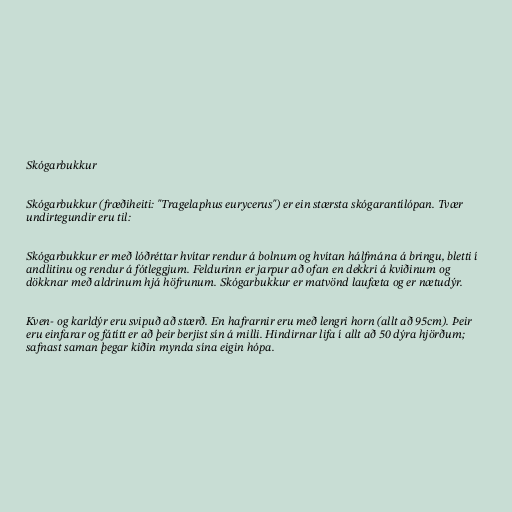
Skógarbukkur

Skógarbukkur (fræðiheiti: "Tragelaphus eurycerus") er ein stærsta skógarantílópan. Tvær
undirtegundir eru til:

Skógarbukkur er með lóðréttar hvítar rendur á bolnum og hvítan hálfmána á bringu, bletti í
andlitinu og rendur á fótleggjum. Feldurinn er jarpur að ofan en dekkri á kviðinum og
dökknar með aldrinum hjá höfrunum. Skógarbukkur er matvönd laufæta og er nætudýr.

Kven- og karldýr eru svipuð að stærð. En hafrarnir eru með lengri horn (allt að 95cm). Þeir
eru einfarar og fátítt er að þeir berjist sín á milli. Hindirnar lifa í allt að 50 dýra hjörðum;
safnast saman þegar kiðin mynda sína eigin hópa.